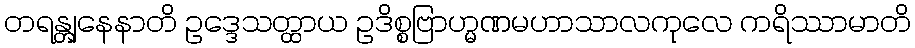
တရန္တျနေနာတိ ဥဒ္ဒေသတ္ထာယ ဥဒိစ္စဗြာဟ္မဏမဟာသာလကုလေ ကရိဿာမာတိ